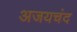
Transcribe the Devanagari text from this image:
अजयचंद